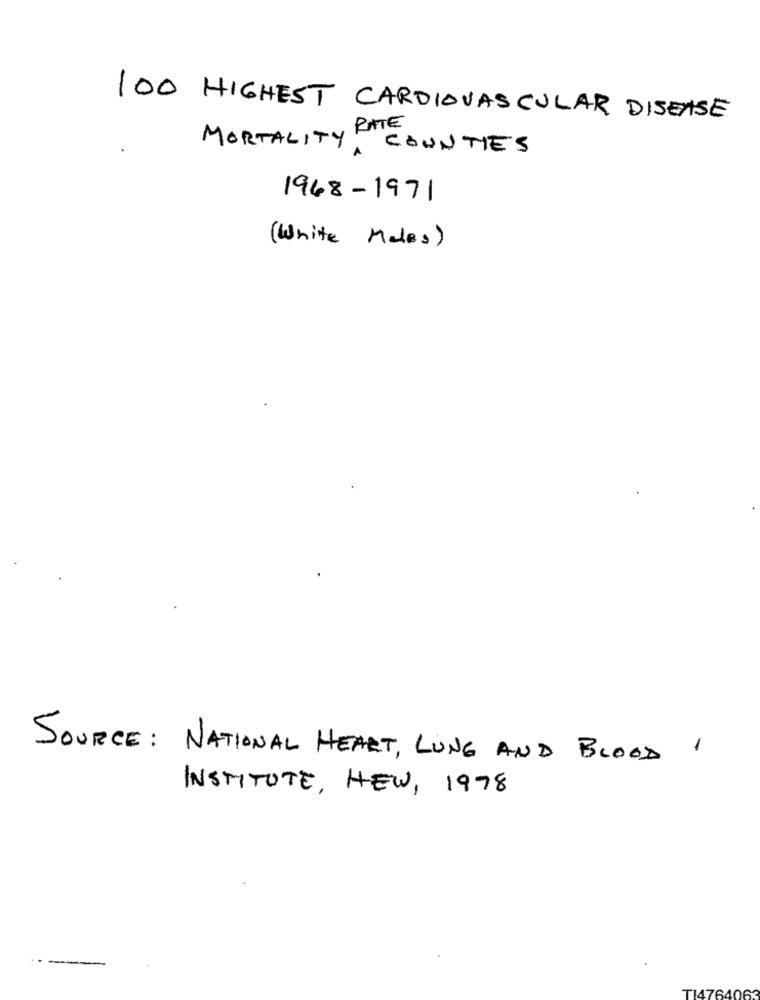
100 HIGHEST CARDIOVASCULAR DISEASE
MORTALITY RATE
YA COUNTIES
1968-1971
(White Males)
SOURCE: NATIONAL HEART, LUNG AND BLOOD 1
INSTITUTE, HEW, 1978
TI4764063